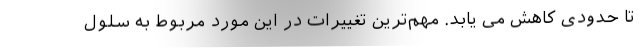
تا حدودی کاهش می یابد. مهم‌ترین تغییرات در این مورد مربوط به سلول